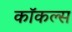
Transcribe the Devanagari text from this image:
कॉकल्स